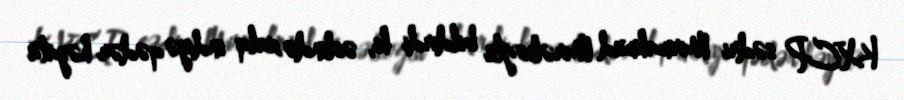
KXCP sədri Mirmahmud Mirəlioğlu bildirdi ki, əslində xalq indiyə qədər həyata